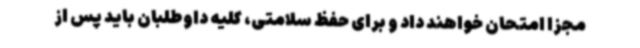
مجزا امتحان خواهند داد و برای حفظ سلامتی، کلیه داوطلبان باید پس از